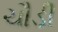
ચૌડી